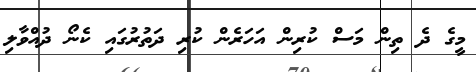
މީގެ ދެ ތިން މަސް ކުރިން އަހަރެން ކުރި ދަތުރުގައި ކެނޯ ދުއްވާލި